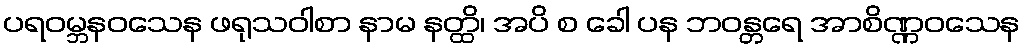
ပရဝမ္ဘနဝသေန ဖရုသဝါစာ နာမ နတ္ထိ၊ အပိ စ ခေါ ပန ဘဝန္တရေ အာစိဏ္ဏဝသေန